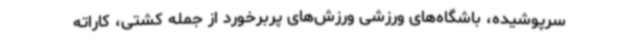
سرپوشیده، باشگاه‌های ورزشی ورزش‌های پربرخورد از جمله کشتی، کاراته